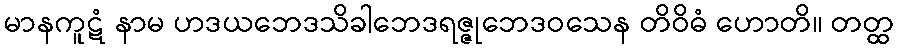
မာနကူဋံ နာမ ဟဒယဘေဒသိခါဘေဒရဇ္ဇုဘေဒဝသေန တိဝိဓံ ဟောတိ။ တတ္ထ